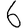
Digit: 6